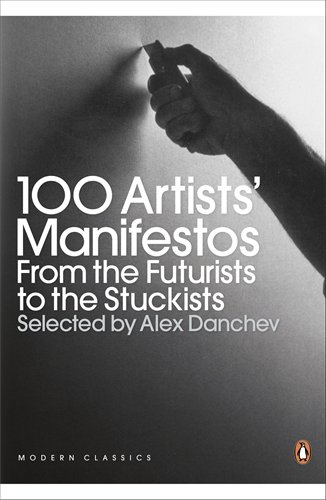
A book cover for Modern Classics 100 Artists' Manifestos: From The Futurists To The Stuckists; Crafts, Hobbies & Home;